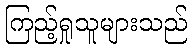
ကြည့်ရှုသူများသည်